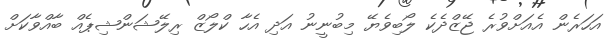
އަހަރެން އެއަށްވުރެ ޖޭޒްދެކެ ލޯބިވެޔޭ މިބުނީނު އަދި އެހާ ކްލޯޒް ރިލޭޝަންޝިޕެއް ބާއްވާކަށް